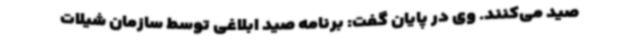
صید می‌کنند. وی در پایان گفت: برنامه صید ابلاغی توسط سازمان شیلات